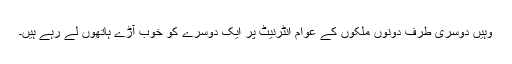
وہیں دوسری طرف دونوں ملکوں کے عوام انٹرنیٹ پر ایک دوسرے کو خوب آڑے ہاتھوں لے رہے ہیں۔